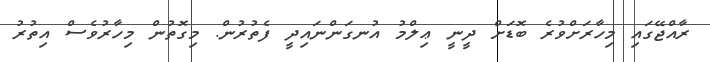
ރާއްޖޭގައި މިހާރަށްވުރެ ބޮޑަށް ދީނީ ޢިލްމު އުނގަންނައިދީ ފެތުރުން. މިގޮތުން މިހާރުވެސް އިތުރު